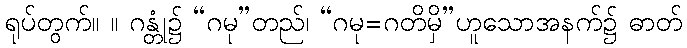
ရုပ်တွက်။ ။ ဂန္တုံ၌ “ဂမု”တည်၊ “ဂမု=ဂတိမှိ”ဟူသောအနက်၌ ဓာတ်